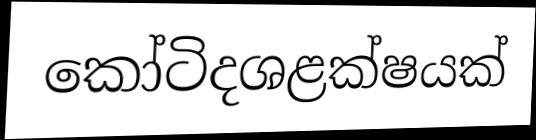
කෝටිදශළක්ෂයක්